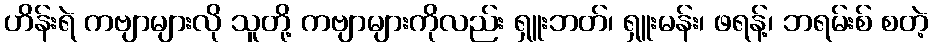
ဟိန်းရဲ ကဗျာများလို သူတို့ ကဗျာများကိုလည်း ရှူးဘတ်၊ ရှူးမန်း၊ ဖရန့်၊ ဘရမ်းစ် စတဲ့